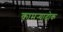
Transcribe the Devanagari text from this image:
कामऱ्याढोक